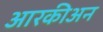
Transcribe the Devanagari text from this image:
आरकीअन